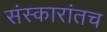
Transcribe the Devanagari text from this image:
संस्कारांतच